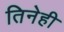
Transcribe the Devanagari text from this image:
तिनेही